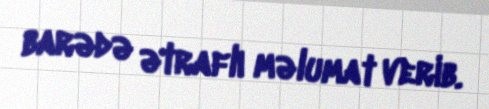
barədə ətraflı məlumat verib.